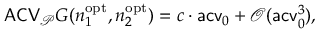
\mathsf { A C V } _ { \mathcal P } G ( n _ { 1 } ^ { \mathrm { o p t } } , n _ { 2 } ^ { \mathrm { o p t } } ) = c \cdot \mathsf { a c v } _ { 0 } + \mathcal O ( \mathsf { a c v } _ { 0 } ^ { 3 } ) ,